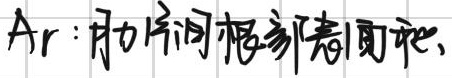
Ar：肌间隙根部蒂皮瓣。